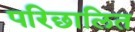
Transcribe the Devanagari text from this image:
परिछालित